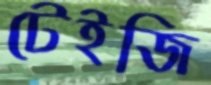
টেইজি